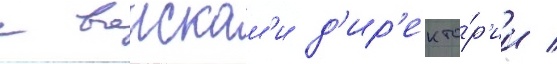
с воискам'и д'ир'екто́р'ии /